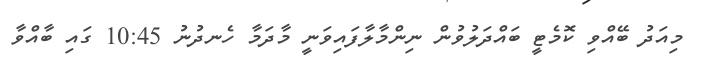
މިއަދު ބޭއްވި ކޮމެޓީ ބައްދަލުވުން ނިންމާލާފައިވަނީ މާދަމާ ހެނދުނު 10:45 ގަައި ބާއްވާ